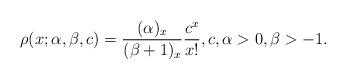
LaTeX: \begin{gather*}\rho( x;\alpha,\beta,c) =\frac{(\alpha)_{x}}{(\beta+1)_{x}}\frac{c^{x}}{x!},c,\alpha>0,\beta>-1.\end{gather*}